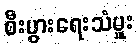
စီးပွားရေးသံမှူး